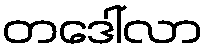
တဒေါ်လာ